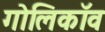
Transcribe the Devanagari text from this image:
गोलिकॉव